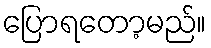
ပြောရတော့မည်။